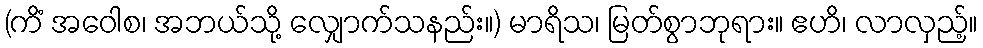
(ကိံ အဝေါစ၊ အဘယ်သို့ လျှောက်သနည်း။) မာရိသ၊ မြတ်စွာဘုရား။ ဧဟိ၊ လာလှည့်။